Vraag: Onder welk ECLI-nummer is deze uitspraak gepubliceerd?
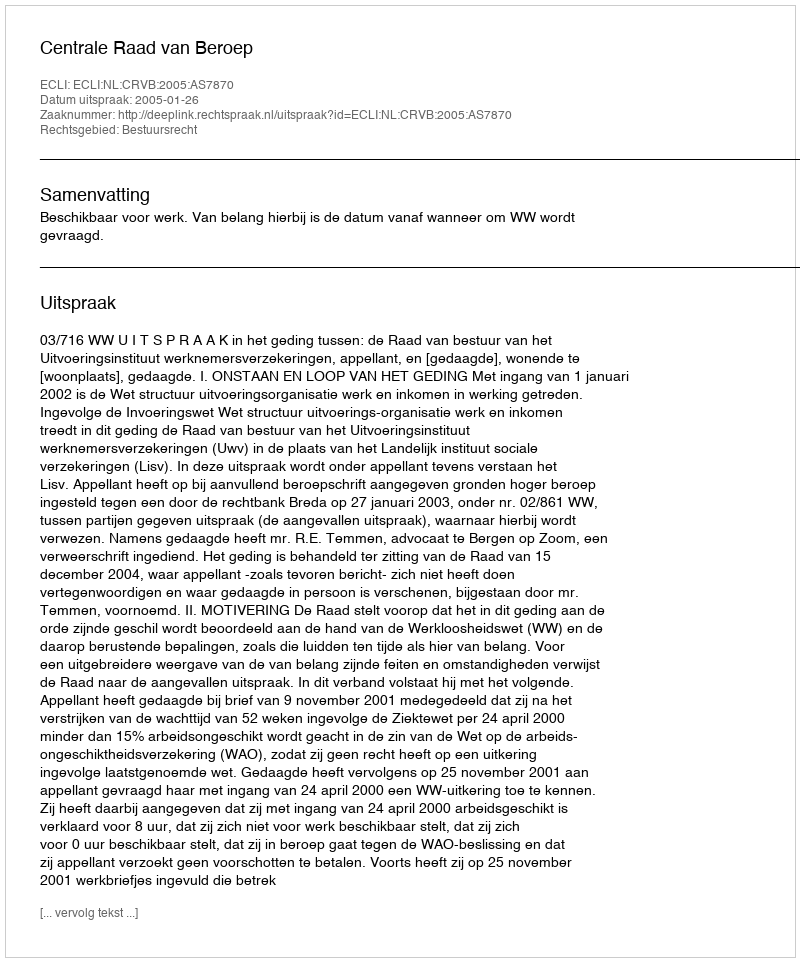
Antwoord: ECLI:NL:CRVB:2005:AS7870